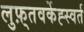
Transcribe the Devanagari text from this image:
लुफ़्तवर्केह्स्वर्त